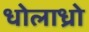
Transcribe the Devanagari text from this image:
धोलाध्रो